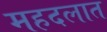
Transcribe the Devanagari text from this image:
महदलात